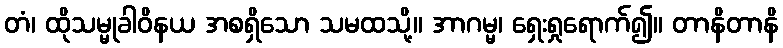
တံ၊ ထိုသမ္မုခါဝိနယ အစရှိသော သမထသို့။ အာဂမ္မ၊ ရှေးရှုရောက်၍။ တာနိတာနိ